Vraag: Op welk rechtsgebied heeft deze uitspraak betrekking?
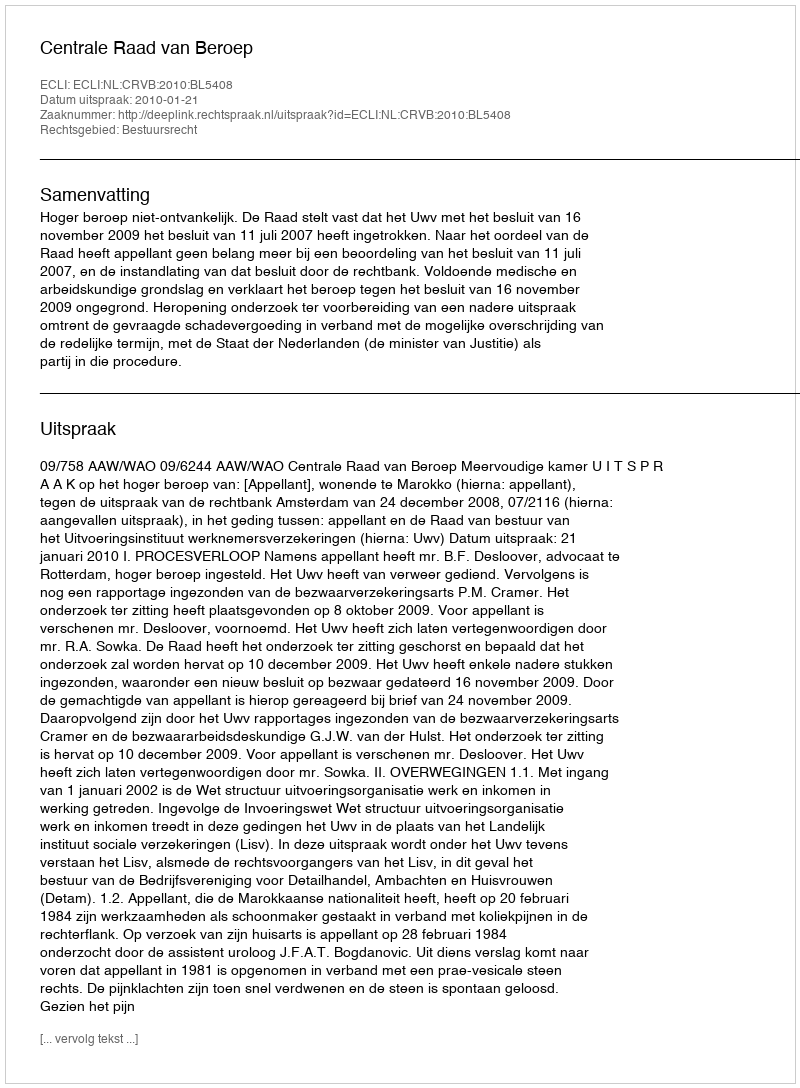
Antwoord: Bestuursrecht